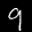
Label: 9